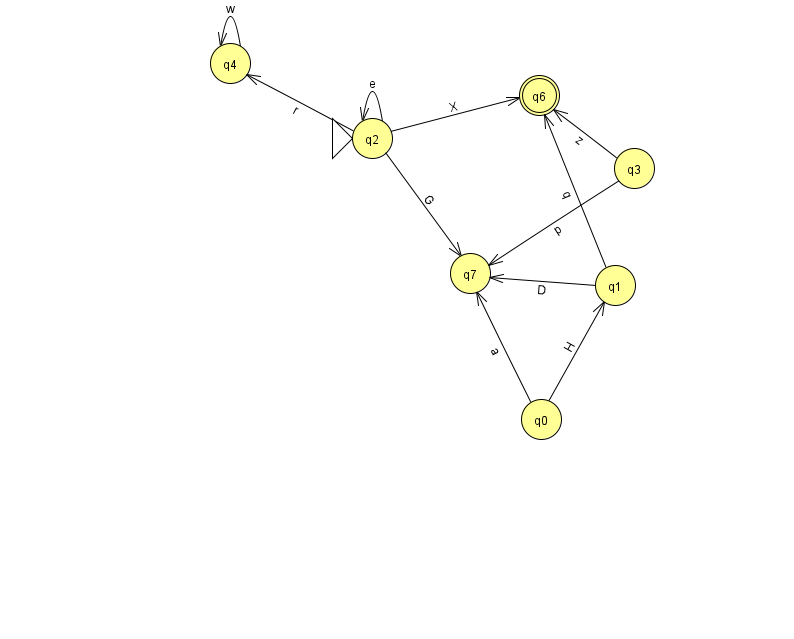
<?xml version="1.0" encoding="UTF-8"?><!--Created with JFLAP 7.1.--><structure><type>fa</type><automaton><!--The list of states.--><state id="0" name="q0"><x>541.0</x><y>406.0</y></state><state id="1" name="q1"><x>615.0</x><y>272.0</y></state><state id="2" name="q2"><x>372.0</x><y>125.0</y><initial/></state><state id="3" name="q3"><x>634.0</x><y>155.0</y></state><state id="4" name="q4"><x>230.0</x><y>50.0</y></state><state id="6" name="q6"><x>539.0</x><y>82.0</y><final/></state><state id="7" name="q7"><x>470.0</x><y>260.0</y></state><!--The list of transitions.--><transition><from>0</from><to>1</to><read>H</read></transition><transition><from>2</from><to>4</to><read>r</read></transition><transition><from>0</from><to>7</to><read>a</read></transition><transition><from>2</from><to>2</to><read>e</read></transition><transition><from>2</from><to>6</to><read>X</read></transition><transition><from>3</from><to>7</to><read>p</read></transition><transition><from>4</from><to>4</to><read>w</read></transition><transition><from>1</from><to>7</to><read>D</read></transition><transition><from>1</from><to>6</to><read>q</read></transition><transition><from>3</from><to>6</to><read>z</read></transition><transition><from>2</from><to>7</to><read>G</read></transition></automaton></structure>